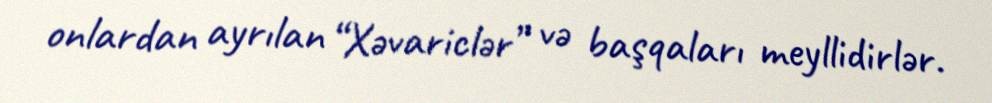
onlardan ayrılan “Xəvariclər” və başqaları meyllidirlər.